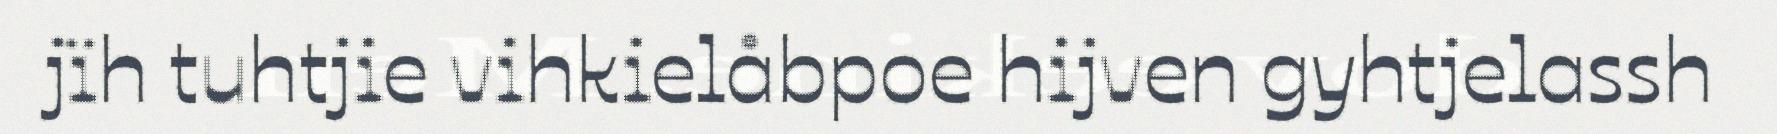
jïh tuhtjie vihkielåbpoe hijven gyhtjelassh